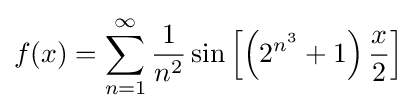
f(x)=\sum _{n=1}^{\infty }{\frac {1}{n^{2}}}\sin \left[\left(2^{n^{3}}+1\right){\frac {x}{2}}\right]